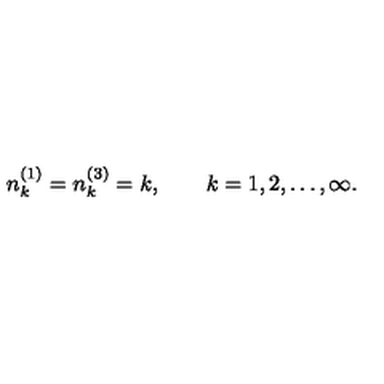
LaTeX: n _ { k } ^ { ( 1 ) } = n _ { k } ^ { ( 3 ) } = k , \qquad k = 1 , 2 , \ldots , \infty .